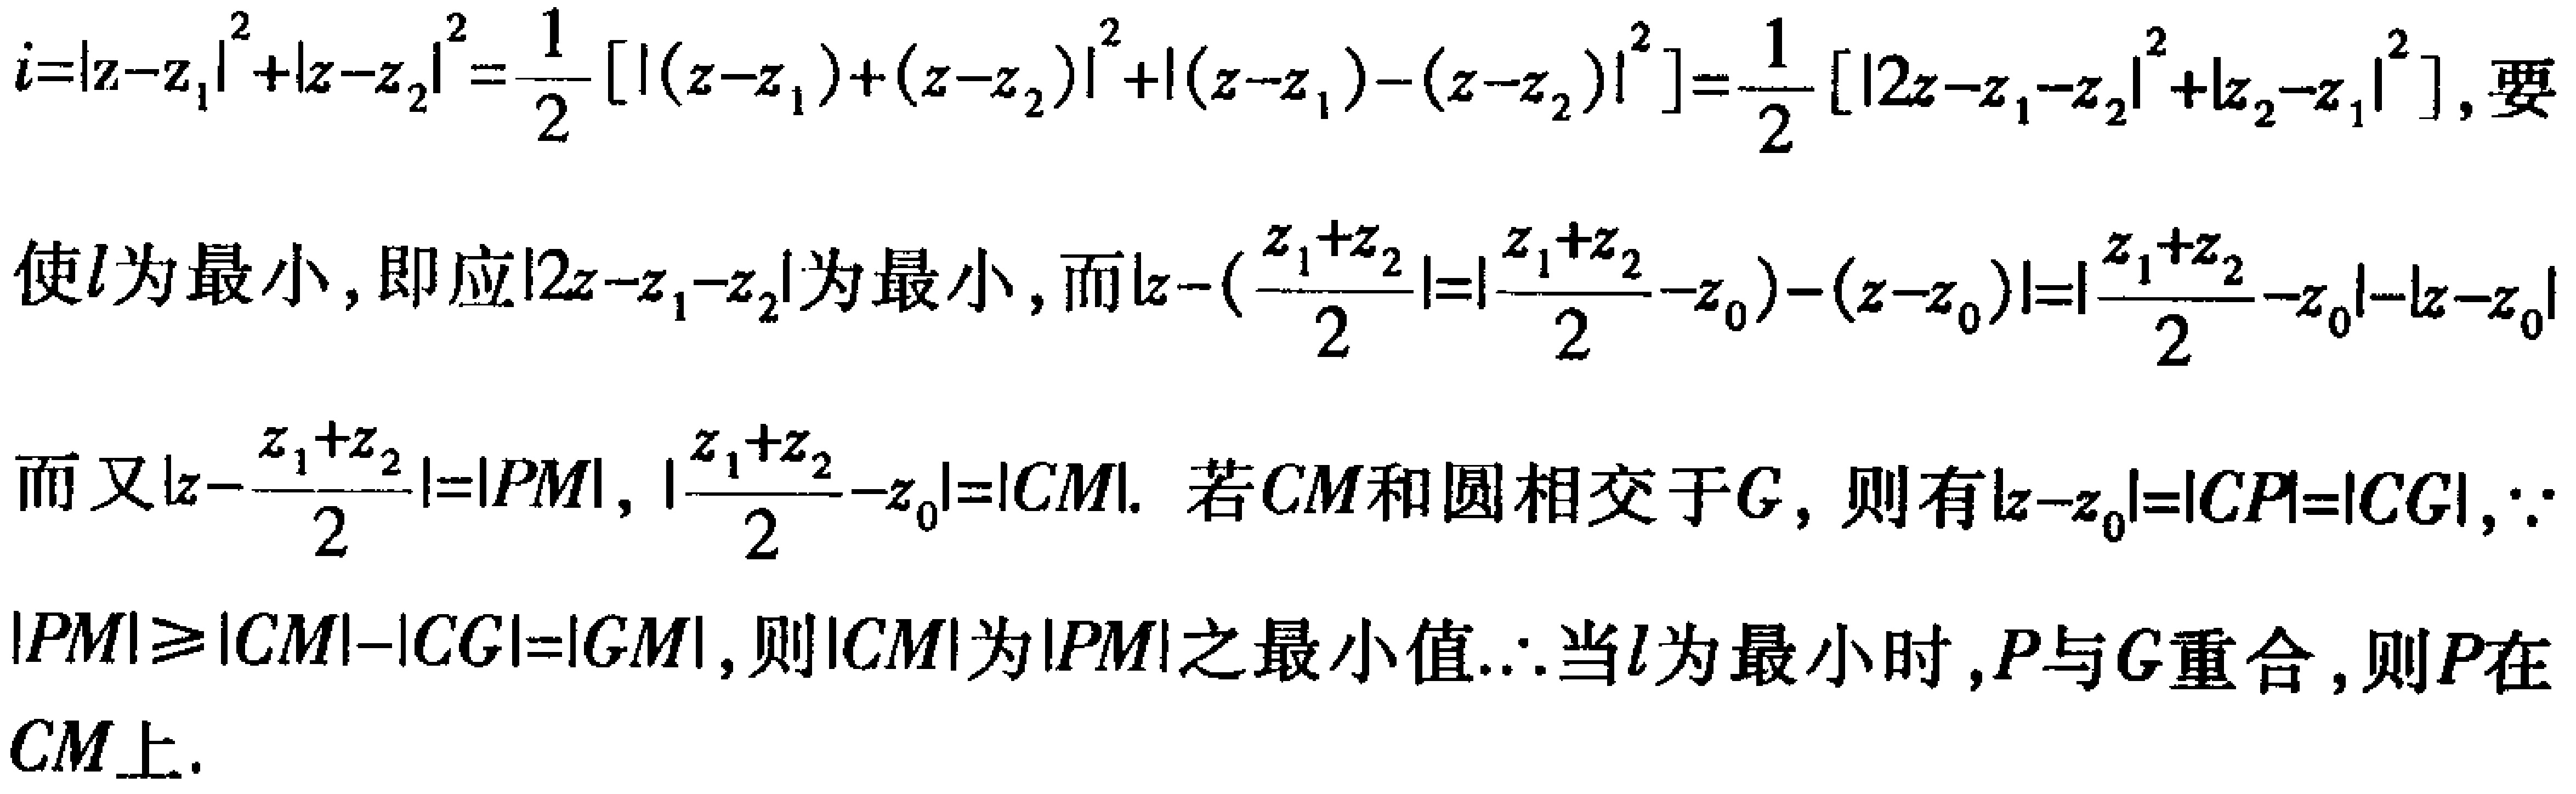
$i = |z - z_1|^2 + |z - z_2|^2=\frac{1}{2}\left[|(z - z_1)+(z - z_2)|^2+|(z - z_1)-(z - z_2)|^2\right]=\frac{1}{2}\left[|2z - z_1 - z_2|^2+|z_2 - z_1|^2\right],要$
$使l为最小, 即应|2z - z_1 - z_2|为最小, 而|z - (\frac{z_1 + z_2}{2}|=|\frac{z_1 + z_2}{2}-z_0)-(z - z_0)|=|\frac{z_1 + z_2}{2}-z_0|-|z - z_0|$
$而又|z - \frac{z_1 + z_2}{2}| = |PM|, |\frac{z_1 + z_2}{2}-z_0| = |CM|. 若CM和圆相交于G, 则有|z - z_0| = |CP| = |CG|,\because$
$|PM|\geqslant|CM|-|CG| = |GM|, 则|CM|为|PM|之最小值.\therefore当l为最小时,P与G重合, 则P在$
$CM上.$